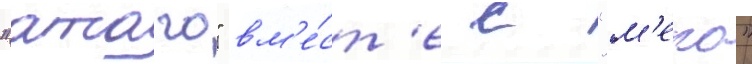
"атаго" вм'е́ст'е с "м'еко"